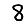
Digit: 8